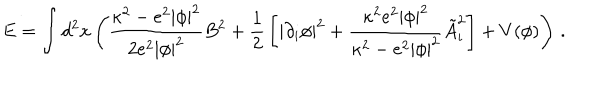
LaTeX: E = \int d ^ { 2 } x \left( { \frac { \kappa ^ { 2 } - e ^ { 2 } | \phi | ^ { 2 } } { 2 e ^ { 2 } | \phi | ^ { 2 } } } B ^ { 2 } + { \frac { 1 } { 2 } } \left[ | \partial _ { i } \phi | ^ { 2 } + { \frac { \kappa ^ { 2 } e ^ { 2 } | \phi | ^ { 2 } } { \kappa ^ { 2 } - e ^ { 2 } | \phi | ^ { 2 } } } \tilde { A } _ { i } ^ { 2 } \right] + V ( \phi ) \right) \, .